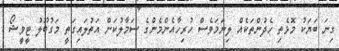
ގިނަ ބަޔަކު މޮޅެތި ހެދުންތަކެއް ލިނަމަވެސް ހުރިހާއެންމެންގެ ސަމާލުކަން އަތުލައިގަތީ މަގުބޫލު ޓީވީޝޯ